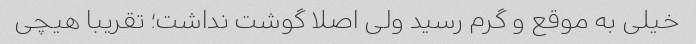
خیلی به موقع و گرم رسید ولی اصلا گوشت نداشت؛ تقریبا هیچی